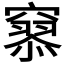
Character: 𥨞